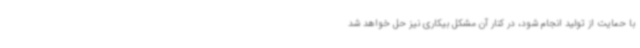
با حمایت از تولید انجام شود، در کنار آن مشکل بیکاری نیز حل خواهد شد